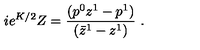
i e ^ { K / 2 } Z = { \frac { ( p ^ { 0 } z ^ { 1 } - p ^ { 1 } ) } { ( \bar { z } ^ { 1 } - z ^ { 1 } ) } } \ .